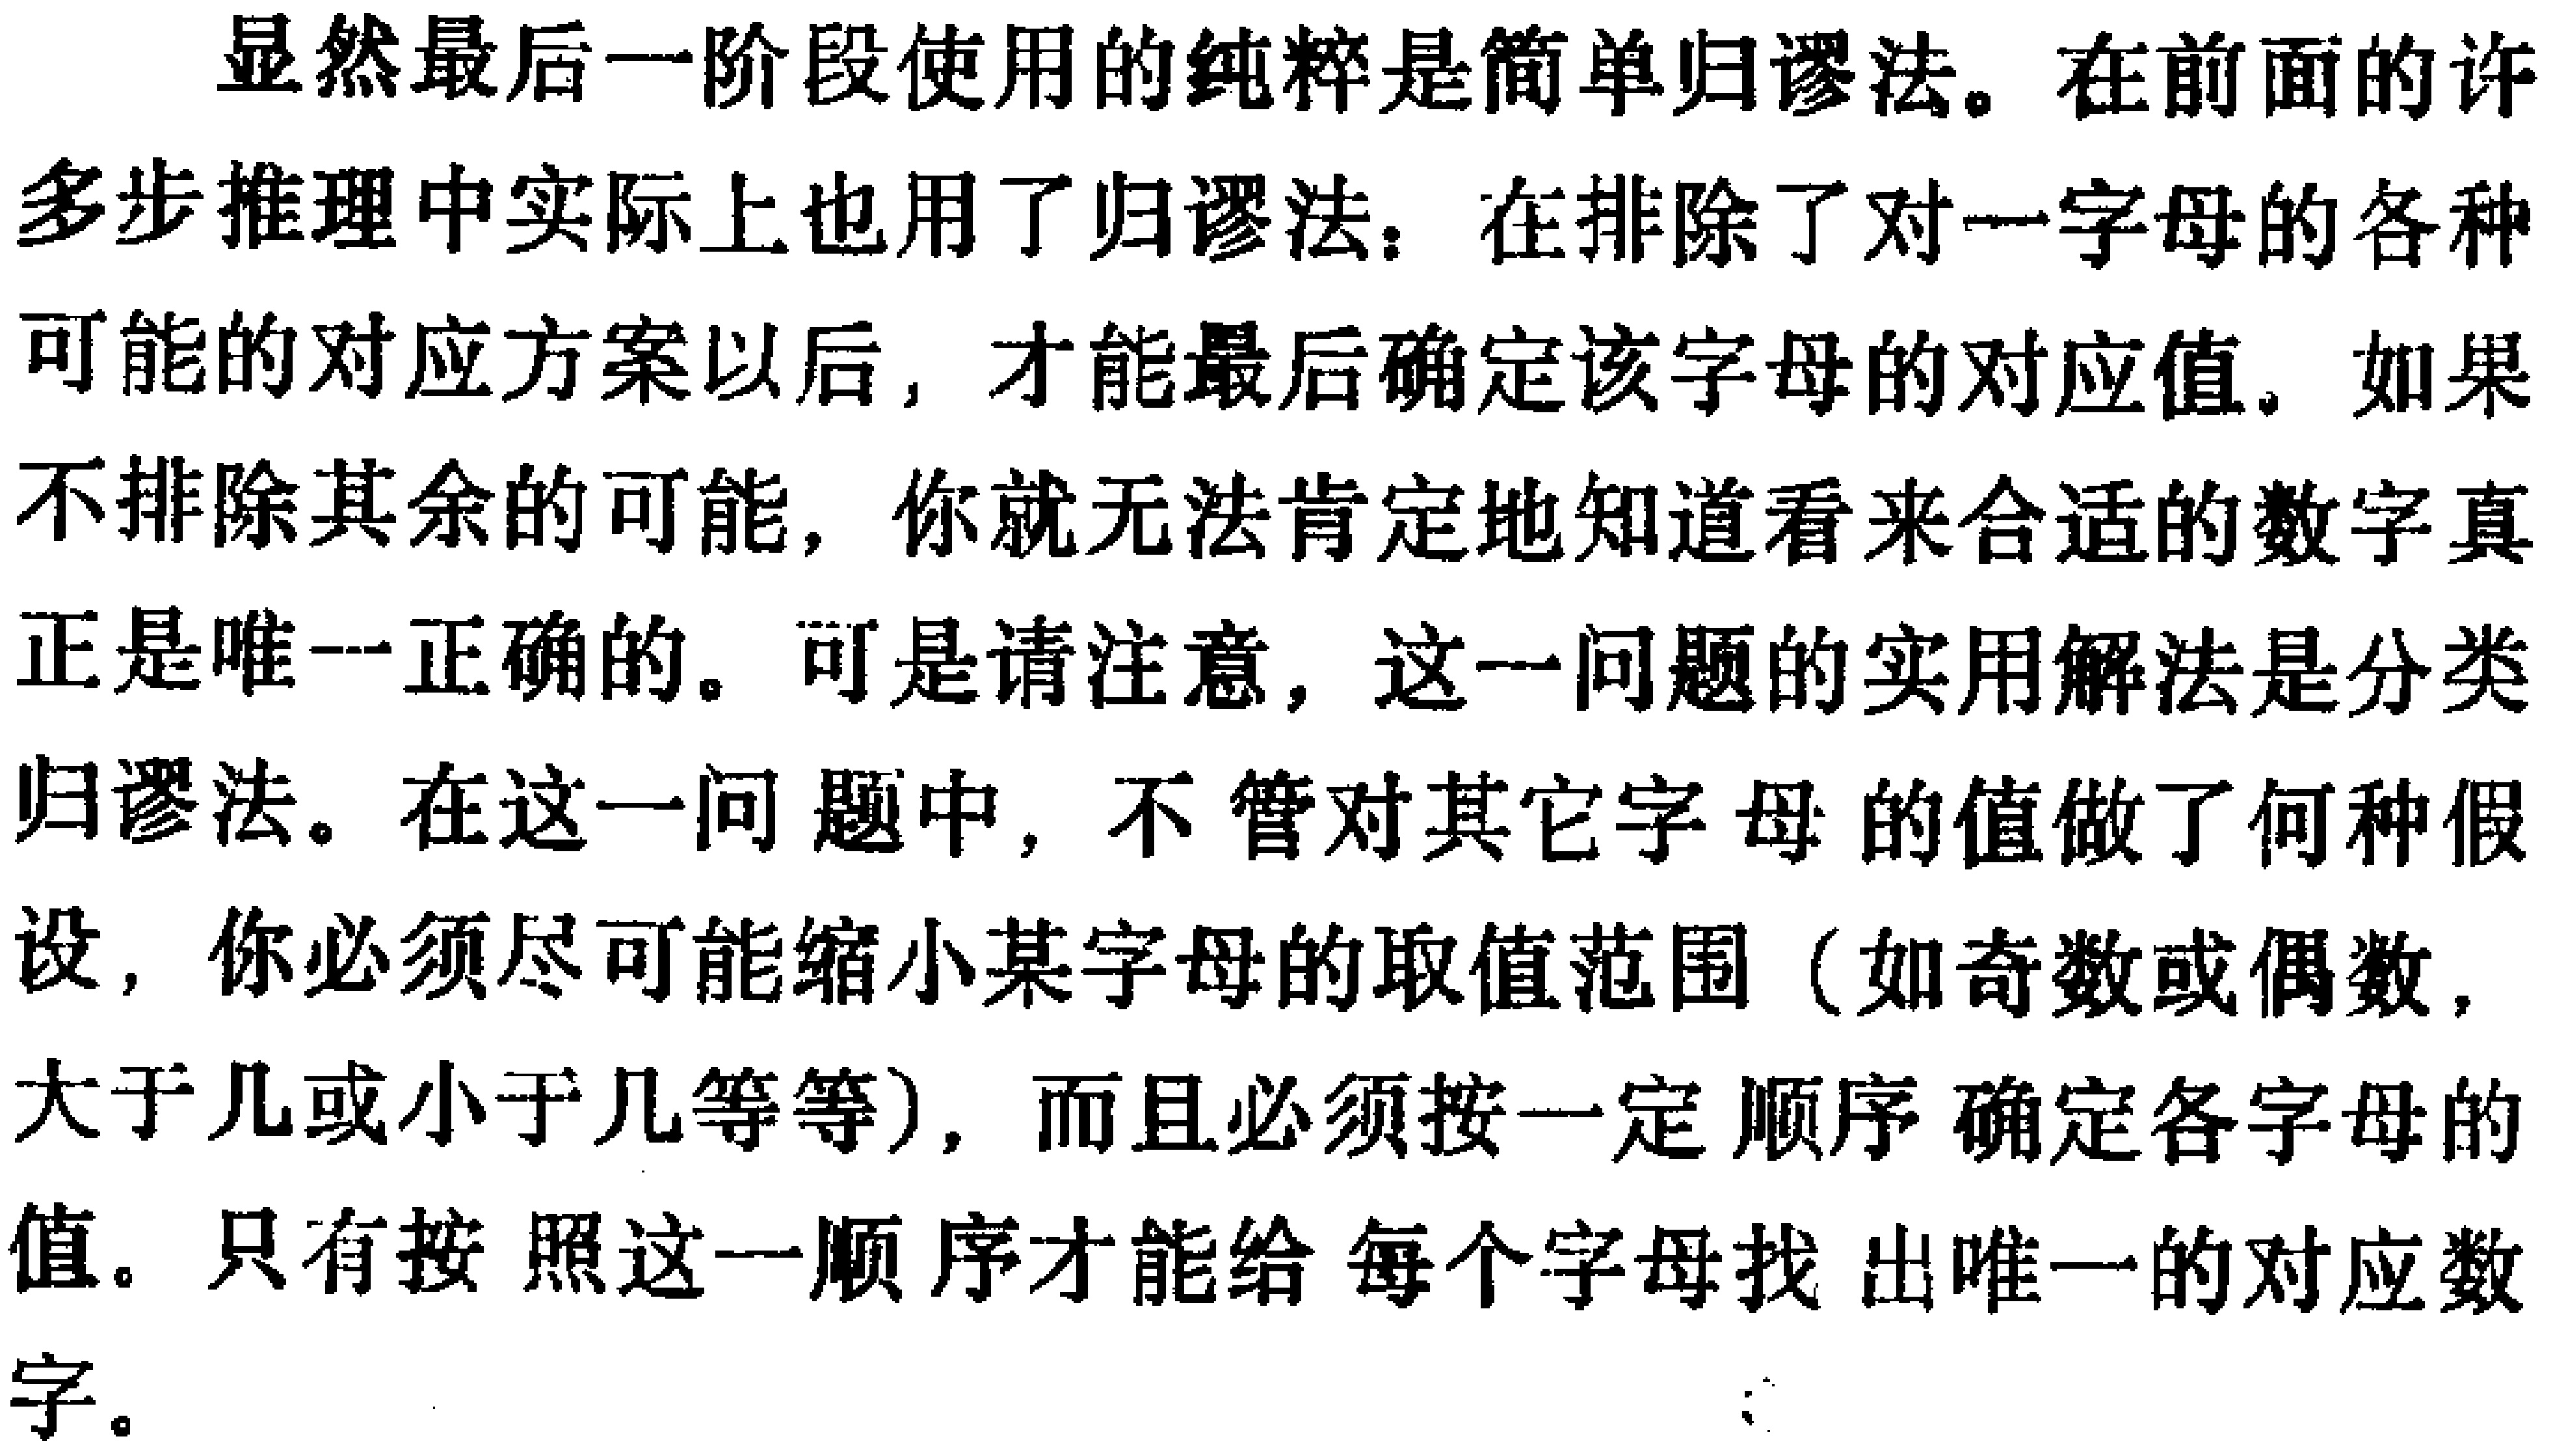
显然最后一阶段使用的纯粹是简单归谬法。在前面的许多步推理中实际上也用了归谬法：在排除了对一字母的各种可能的对应方案以后，才能最后确定该字母的对应值。如果不排除其余的可能，你就无法肯定地知道看来合适的数字真正是唯一正确的。可是请注意，这一问题的实用解法是分类归谬法。在这一问题中，不管对其它字母的值做了何种假设，你必须尽可能缩小某字母的取值范围（如奇数或偶数，大于几或小于几等等），而且必须按一定顺序确定各字母的值。只有按照这一顺序才能给每个字母找出唯一的对应数字。